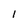
Character: l